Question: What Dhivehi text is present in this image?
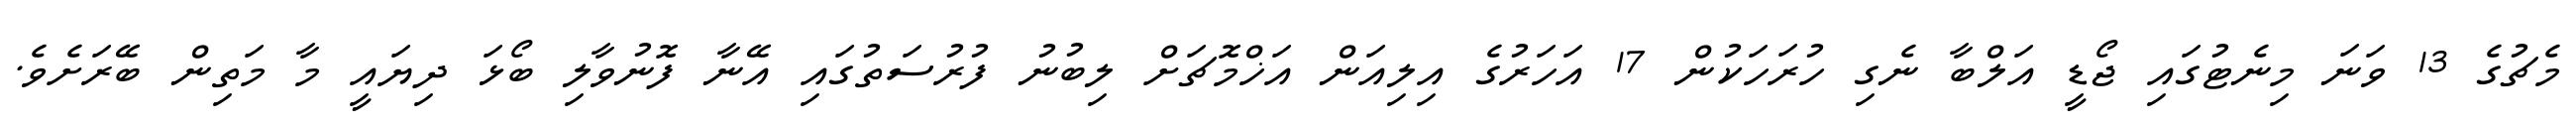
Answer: މެޗުގެ 13 ވަނަ މިނެޓުގައި ޖޯޑީ އަލްބާ ނެގި ހުރަހަކުން 17 އަހަރުގެ އިލިއަން އަޚްމޮޗަށް ލިބުނު ފުރުސަތުގައި އޭނާ ފޮނުވާލި ބޯޅަ ދިޔައީ މާ މަތިން ބޭރަށެވެ.